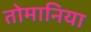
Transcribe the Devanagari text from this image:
तोमानिया